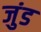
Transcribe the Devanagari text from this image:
जुंड